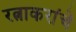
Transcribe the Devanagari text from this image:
रत्नाकरांचे